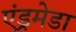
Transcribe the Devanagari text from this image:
एंड्रमेडा